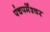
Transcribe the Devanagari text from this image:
पंचपर्मेश्वर